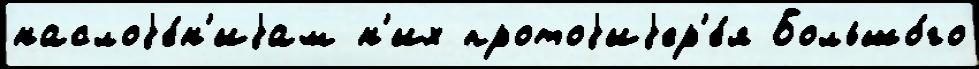
наслоjе́н'иjам н'их протоjиjер'е́я Большо́го